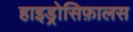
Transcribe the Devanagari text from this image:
हाइड्रोसिफ़ालस